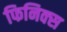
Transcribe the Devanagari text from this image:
फिनिक्‍स